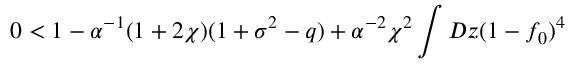
0 < 1 - \alpha ^ { - 1 } ( 1 + 2 \chi ) ( 1 + \sigma ^ { 2 } - q ) + \alpha ^ { - 2 } \chi ^ { 2 } \int D z ( 1 - f _ { 0 } ) ^ { 4 }